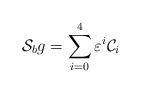
LaTeX: \begin{align*}{\cal S}_b g=\sum_{i=0}^4\varepsilon^i{\cal C}_i\end{align*}